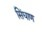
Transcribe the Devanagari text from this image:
सिंघाण